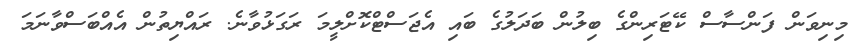
މިނިވަން ފަންސާސް ކޭޓަރިންގެ ބިލުން ބަދަލުގެ ބައި އެޖަސްޓްކޮށްލީމަ ރަގަޅުވާނެ. ރައްޔިތުން އެއްބަސްވާނަމަ